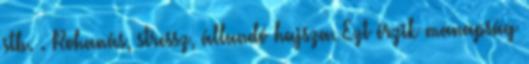
stb. . Rohanás, stressz, állandó hajsza. Ezt érzik manapság